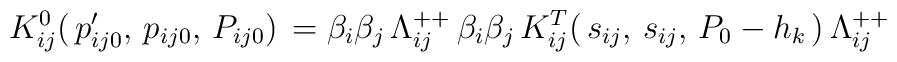
K^0_{ij}(\,p'_{ij0},\,p_{ij0},\,P_{ij0})\,=\beta_i\beta_j\,\Lambda^{++}_{ij}\,\beta_i\beta_j\,K^T_{ij}(\,s_{ij},\,s_{ij},\,P_0-h_k\,)\,\Lambda^{++}_{ij}